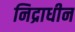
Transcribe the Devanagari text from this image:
निद्राधीन